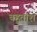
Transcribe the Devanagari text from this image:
बहूतांश